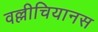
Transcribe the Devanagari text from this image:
वल्लीचियानस